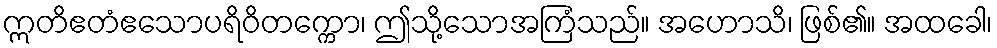
ဣတိဧတံဧသောပရိဝိတက္ကော၊ ဤသို့သောအကြံသည်။ အဟောသိ၊ ဖြစ်၏။ အထခေါ၊